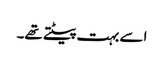
اسے بہت پیٹتے تھے۔